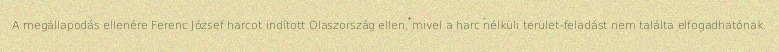
A megállapodás ellenére Ferenc József harcot indított Olaszország ellen, mivel a harc nélküli terület-feladást nem találta elfogadhatónak.